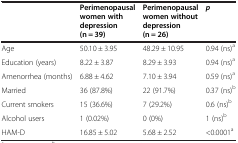
<table><thead><tr><td><b> </b></td><td><b>Perimenopausal women with depression (n = 39)</b></td><td><b>Perimenopausal women without depression (n = 26)</b></td><td><b><i>p</i></b></td></tr></thead><tbody><tr><td>Age</td><td>50.10 ± 3.95</td><td>48.29 ± 10.95</td><td>0.94 (ns)<sup>a</sup></td></tr><tr><td>Education (years)</td><td>8.22 ± 3.87</td><td>8.29 ± 3.93</td><td>0.94 (ns)<sup>a</sup></td></tr><tr><td>Amenorrhea (months)</td><td>6.88 ± 4.62</td><td>7.10 ± 3.94</td><td>0.59 (ns)<sup>a</sup></td></tr><tr><td>Married</td><td>36 (87.8%)</td><td>22 (91.7%)</td><td>0.37 (ns)<sup>b</sup></td></tr><tr><td>Current smokers</td><td>15 (36.6%)</td><td>7 (29.2%)</td><td>0.6 (ns)<sup>b</sup></td></tr><tr><td>Alcohol users</td><td>1 (0.02%)</td><td>0 (0%)</td><td>1 (ns)<sup>b</sup></td></tr><tr><td>HAM-D</td><td>16.85 ± 5.02</td><td>5.68 ± 2.52</td><td>&lt;0.0001<sup>a</sup></td></tr></tbody></table>